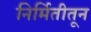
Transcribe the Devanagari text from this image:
निर्मितीतून